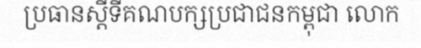
ប្រធានស្តីទីគណបក្សប្រជាជនកម្ពុជា លោក